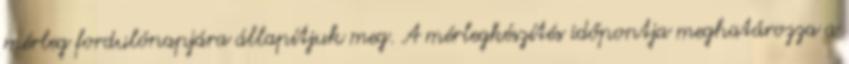
mérleg fordulónapjára állapítjuk meg. A mérlegkészítés időpontja meghatározza a